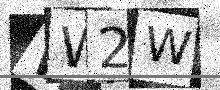
Text: WW2W